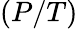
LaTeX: (P/T)